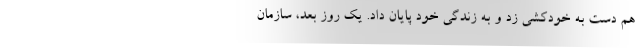
هم دست به خودکشی زد و به زندگی خود پایان داد. یک روز بعد، سازمان